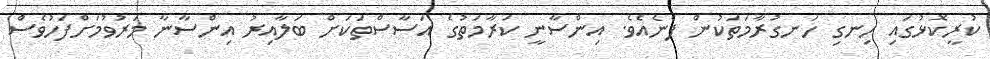
ކުރީކޮޅުގައި ހިނގި ހަނގުރާމަތަކުން ފެނެއެވެ. އިންސާނީ ކަރާމަތުގެ އަސާސްތަކަށް ބަލާއިރު އިންސާނާ މަރުވުމަށްފަހުވެސް